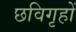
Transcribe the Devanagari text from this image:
छविगृहों